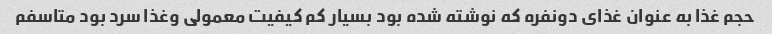
حجم غذا به عنوان غذای دونفره که نوشته شده بود بسیار کم کیفیت معمولی وغذا سرد بود متاسفم